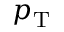
p _ { \mathrm { T } }